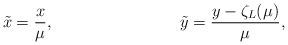
LaTeX: \begin{align*}\tilde{x} &= \frac{x}{\mu}, &\tilde{y} &= \frac{y - \zeta_L(\mu)}{\mu},\end{align*}